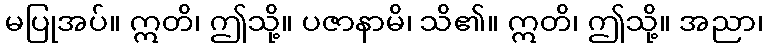
မပြုအပ်။ ဣတိ၊ ဤသို့။ ပဇာနာမိ၊ သိ၏။ ဣတိ၊ ဤသို့။ အညာ၊